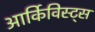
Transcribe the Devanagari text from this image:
आर्किविस्ट्स